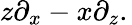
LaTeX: z\partial_{x}-x\partial_{z}.\,